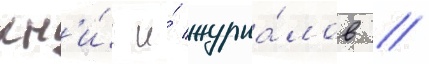
кн'и́г и́ журна́лов //